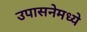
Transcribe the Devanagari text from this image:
उपासनेमध्ये